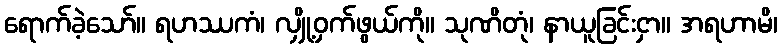
ရောက်ခဲ့သော်။ ရဟဿကံ၊ လျှို့ဝှက်ဖွယ်ကို။ သုဏိတုံ၊ နာယူခြင်းငှာ။ အရဟာမိ၊